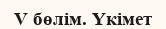
V бөлім. Үкімет